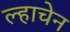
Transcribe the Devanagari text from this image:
ल्हाचेन